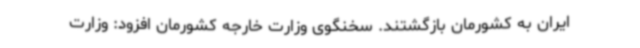
ایران به کشورمان بازگشتند. سخنگوی وزارت خارجه کشورمان افزود: وزارت